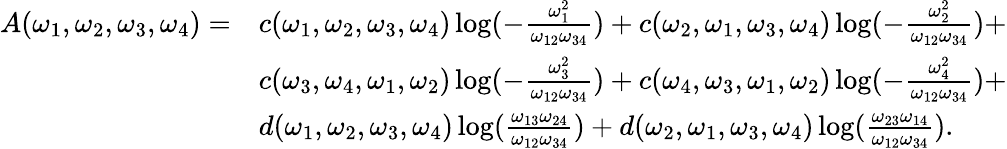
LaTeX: \begin{array}{lll}{{A(\omega_{1},\omega_{2},\omega_{3},\omega_{4})=}}&{{c(\omega_{1},\omega_{2},\omega_{3},\omega_{4})\log({-\frac{\omega_{1}^{2}}{\omega_{12}\omega_{34}}})+c(\omega_{2},\omega_{1},\omega_{3},\omega_{4})\log({-\frac{\omega_{2}^{2}}{\omega_{12}\omega_{34}}})+}}\\ {{}}&{{c(\omega_{3},\omega_{4},\omega_{1},\omega_{2})\log({-\frac{\omega_{3}^{2}}{\omega_{12}\omega_{34}}})+c(\omega_{4},\omega_{3},\omega_{1},\omega_{2})\log({-\frac{\omega_{4}^{2}}{\omega_{12}\omega_{34}}})+}}\\ {{}}&{{d(\omega_{1},\omega_{2},\omega_{3},\omega_{4})\log({\frac{\omega_{13}\omega_{24}}{\omega_{12}\omega_{34}}})+d(\omega_{2},\omega_{1},\omega_{3},\omega_{4})\log({\frac{\omega_{23}\omega_{14}}{\omega_{12}\omega_{34}}}).}}\end{array}